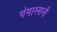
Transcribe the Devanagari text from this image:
गंगास्नानी